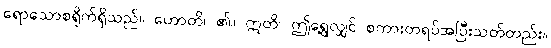
ရောသောစရိုက်ရှိသည်။ ဟောတိ၊ ၏။ ဣတိ၊ ဤရွေ့လျှင် စကားတရပ်အပြီးသတ်တည်း။